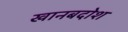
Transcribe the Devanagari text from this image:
खानबदोश